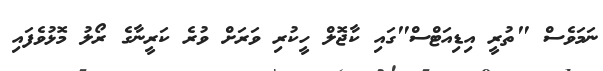
ނަމަވެސް "ތުރީ އިޑިއަޓްސް"ގައި ކާޖޮލް ހީކުރި ވަރަށް ވުރެ ކަރީނާގެ ރޯލު މޮޅުވެފައި